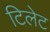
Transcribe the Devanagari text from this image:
टिलेट